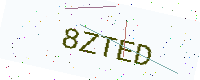
Text: 8ZTED